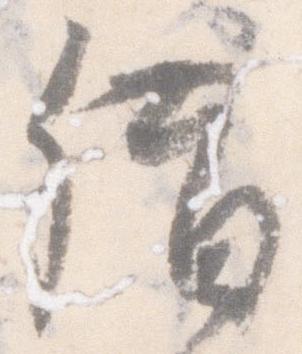
借